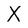
Character: X